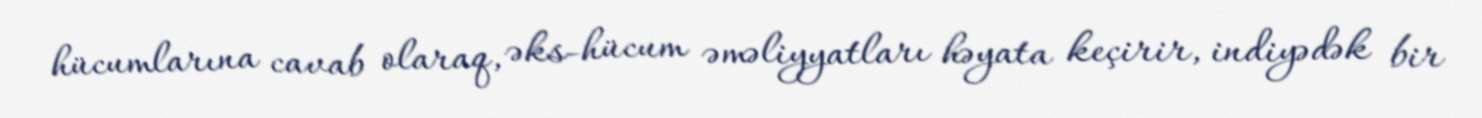
hücumlarına cavab olaraq, əks-hücum əməliyyatları həyata keçirir, indiyədək bir